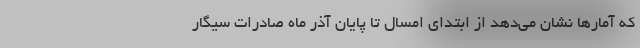
که آمارها نشان می‌دهد از ابتدای امسال تا پایان آذر ماه صادرات سیگار